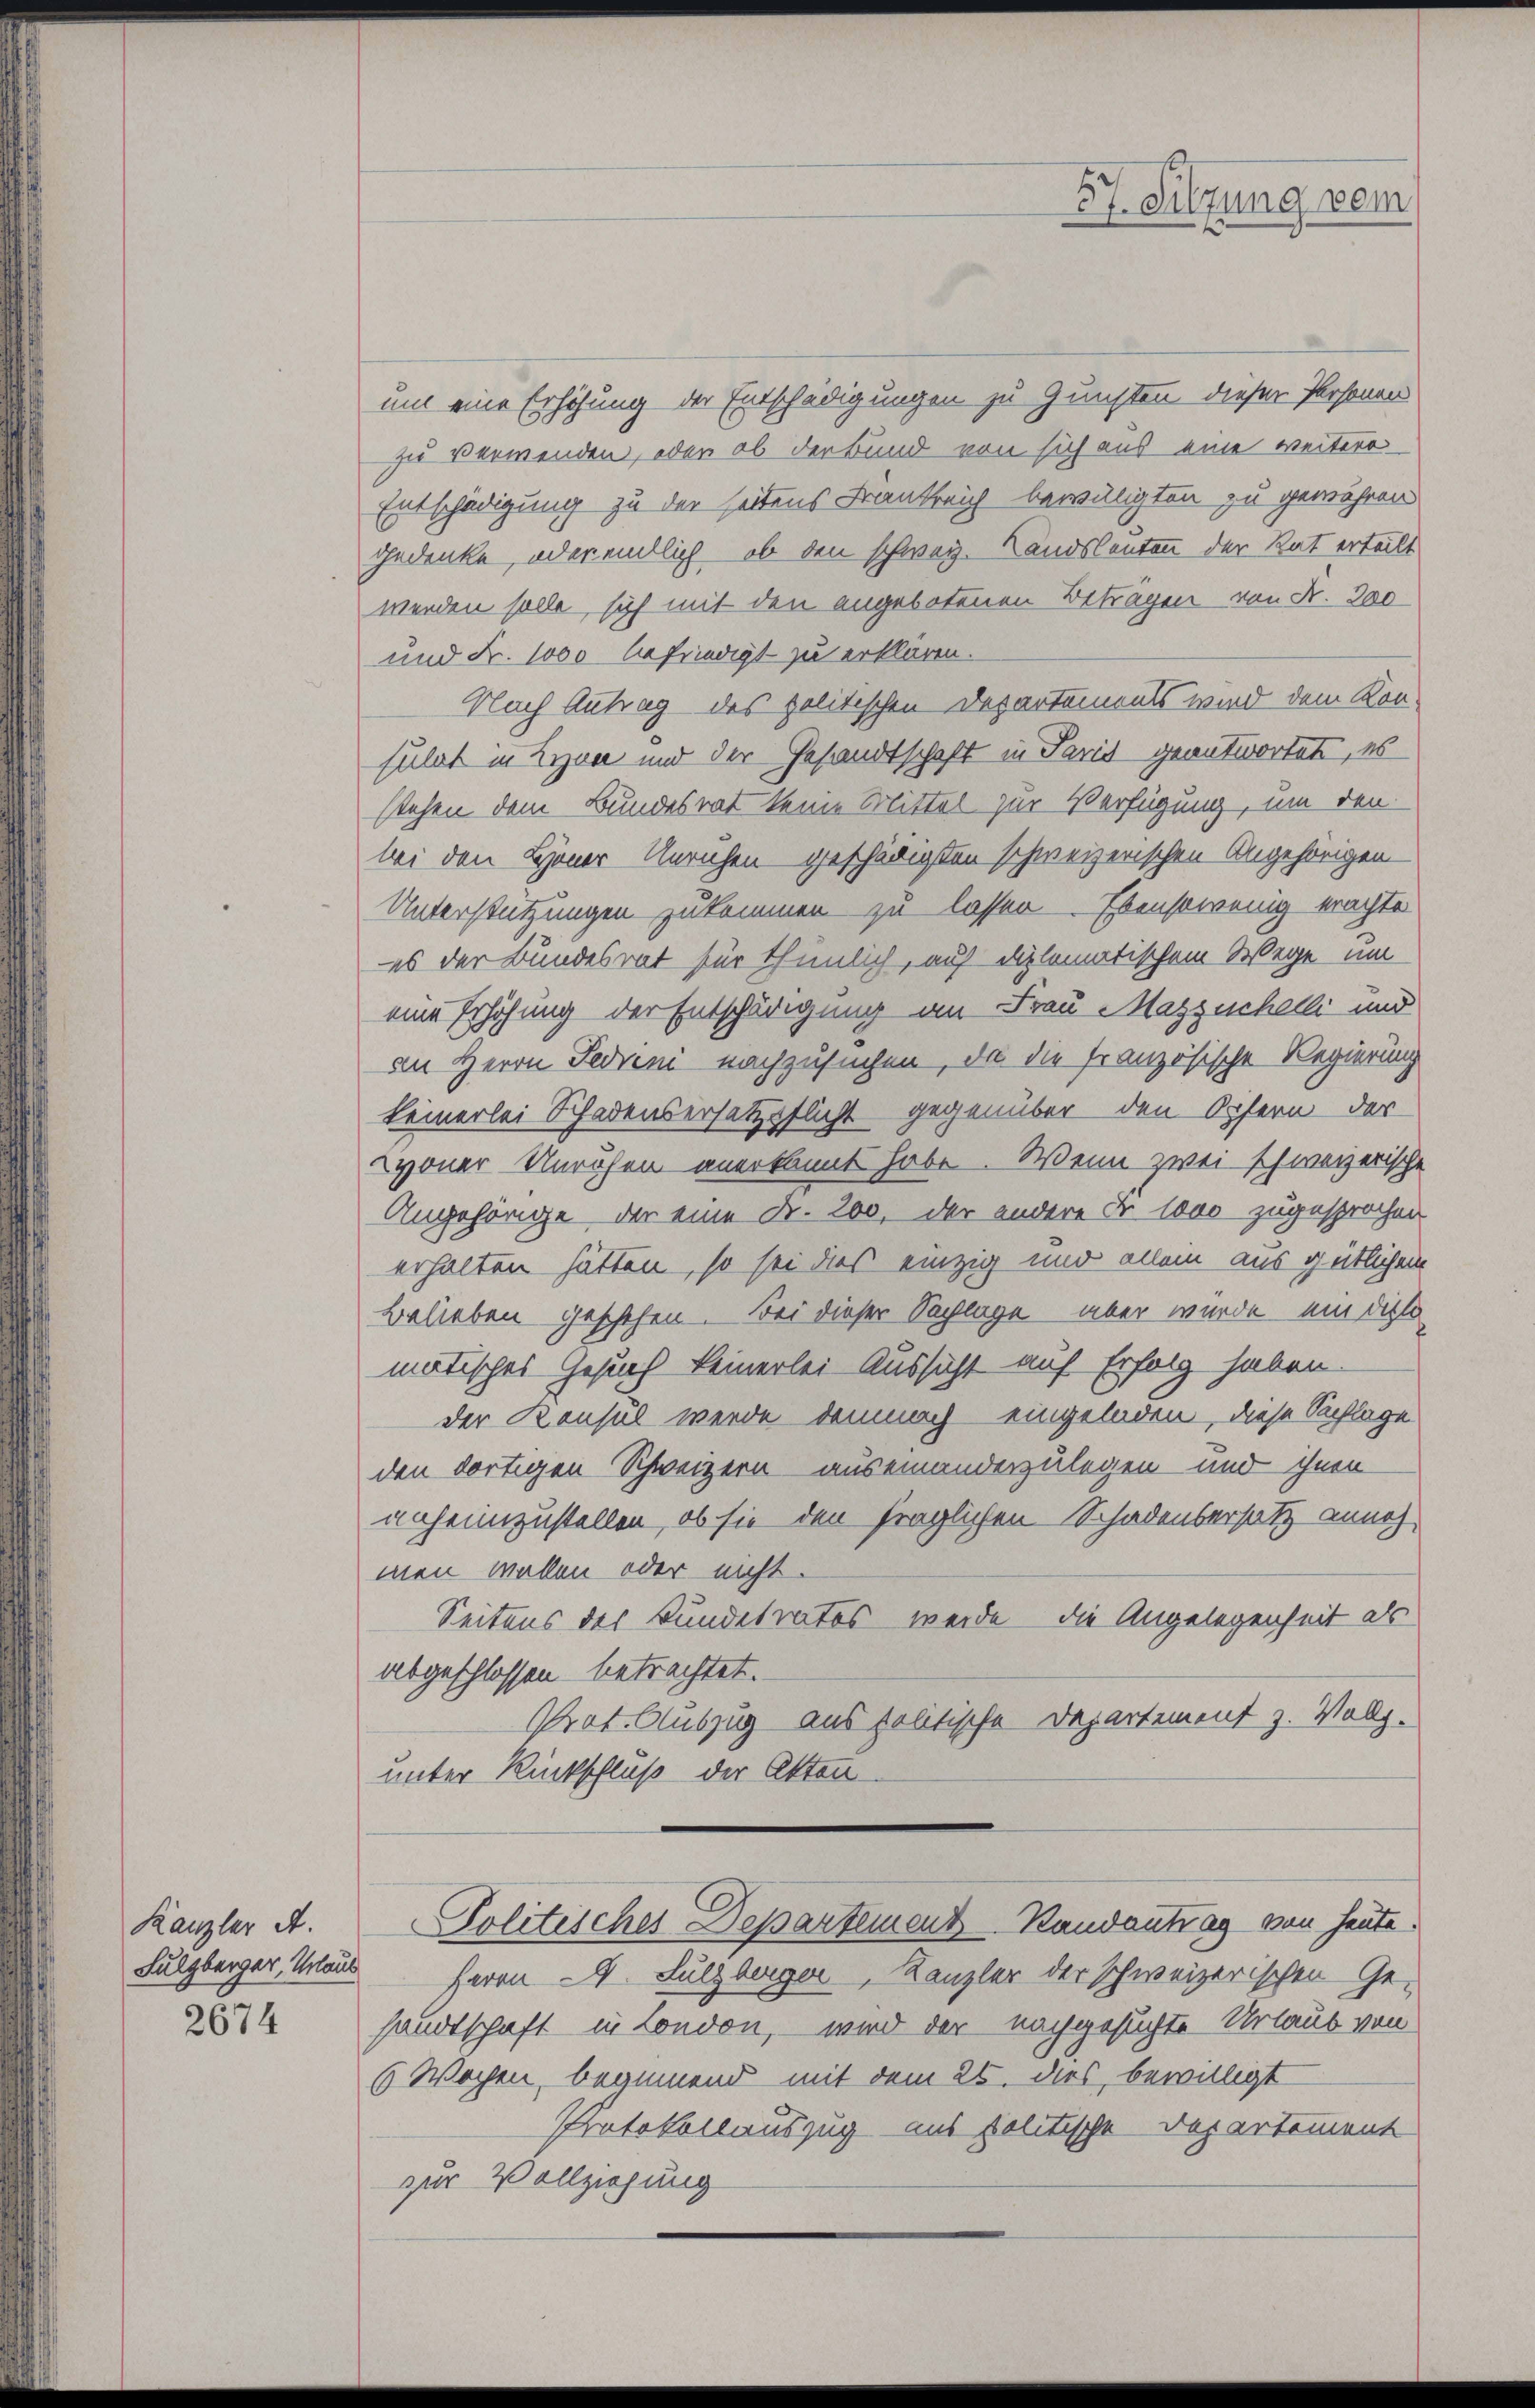
Kanzler A.
Sulzberger, Urlaub
2674

um eine Erhöhung der Entschädigungen zu Gunsten dieser Personen
zu verwenden, oder ob der Bund von sich aus eine weitere
Entschädigung zu der seitens Frankreich bewiligten zu gewähren
gedenke, oder endlich, ob den schweiz. Landsleuten der Rat erteilt
werden solle, sich mit den angebotenen Betragen von Nr. 300
und Fr. 1000 befriedigt zu erklären.
Nach Antrag des politischen Departements wird dem Kon-
sulat in Lyon und der Gesandtschaft in Paris geantwortete, es
stehen dem Bundesrat keine Mittel zur Verfügung, um den
bei den Bener Unruhen geschädigten schweizerischen Angehörigen
Unterstützungen zukommen zu lassen. Ebensowenig erachte
es der Bundesrat für thunlich, auf diplomatischem Wege um
eine Erhöhung der Entschädigung an Frau Massischelli und
an Herrn Fedreni nachzusuchen, da die französische Regierung
keinerlei Schadensersatzpflicht gegenüber den Eifern der
voner Unruhen anerkannt habe. Wenn zwei schweizerische
Angehörige, der eine Fr. 200, der andere Fr. 1000 zugesprochen
erhalten hätten, so sei dies einzig und allein aus gütlichem
Belieben geschehen. Bei dieser Sachlage über wurde ein diese
matisches Gesuch keinerlei Aussicht auf Erfolg haben.
der Konsul werde demnach eingeladen, diese Sachlage
den dortigen Schweizern auseinanderzulegen und ihnen
anheimzustellen, ob sie den fraglichen Schadensersatz annehmen wollen oder nicht.
Seitens des Bundesrates werde, die Angelegenheit als
abgeschlossen betrachtet.
Prot. Auszug aus politische Departement z. Vollz.
unter Rückschluß der Akten
Politisches Departement Randantrag von heute.
Herrn V. Sulzberger, Kanzler der schweizerischen Ge-
sandtschaft in London, – wird der nachgesuchte Urlaub von
6 Wochen, beginnend mit dem 25. dies, bewilligt
Protokollauszug aus politische Departement
zur Vollziehung

57. Sitzung vom